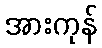
အားကုန်